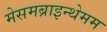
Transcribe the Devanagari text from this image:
मेसमब्राइन्थेमम